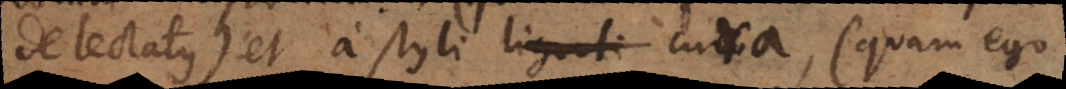
de lectatus) et a styli ligati cura, (quam ego